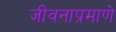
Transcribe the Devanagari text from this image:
जीवनाप्रमाणे